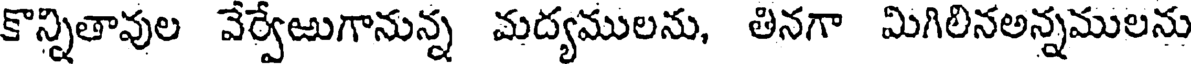
కొన్నితావుల వేర్వేఱుగానున్న మద్యములను, తినగా మిగిలినఅన్నములను